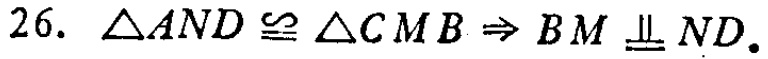
$26.\ \triangle AND\cong\triangle CMB\Rightarrow BM\equalparallel ND.$